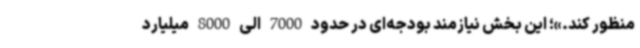
منظور کند.»؛ این بخش نیازمند بودجه‌ای در حدود 7000 الی 8000 میلیارد